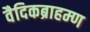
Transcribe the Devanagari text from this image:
वैदिकब्राहम्ण